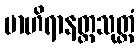
ဗာဟိရာနတ္တသုတ္တံ